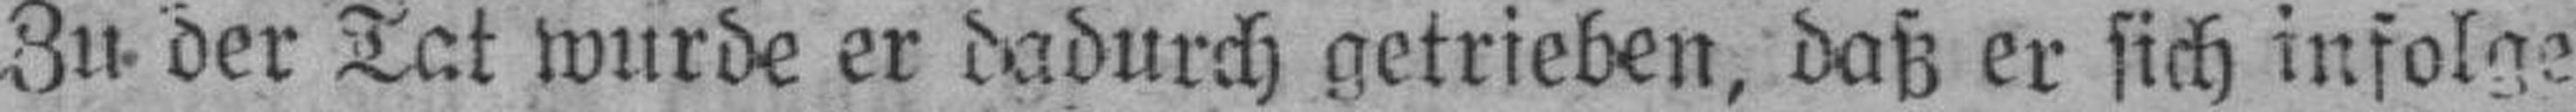
Zu der Tat wurde er dadurch getrieben, daß er sich infolge